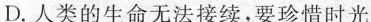
D.人类的生命无法接续，要珍惜时光